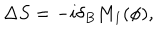
LaTeX: \Delta S = - i \delta _ { B } M _ { 1 } ( \phi ) ,